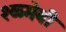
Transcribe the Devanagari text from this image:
श्ळमेबी